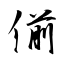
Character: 偂